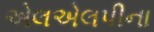
એલએલપીના